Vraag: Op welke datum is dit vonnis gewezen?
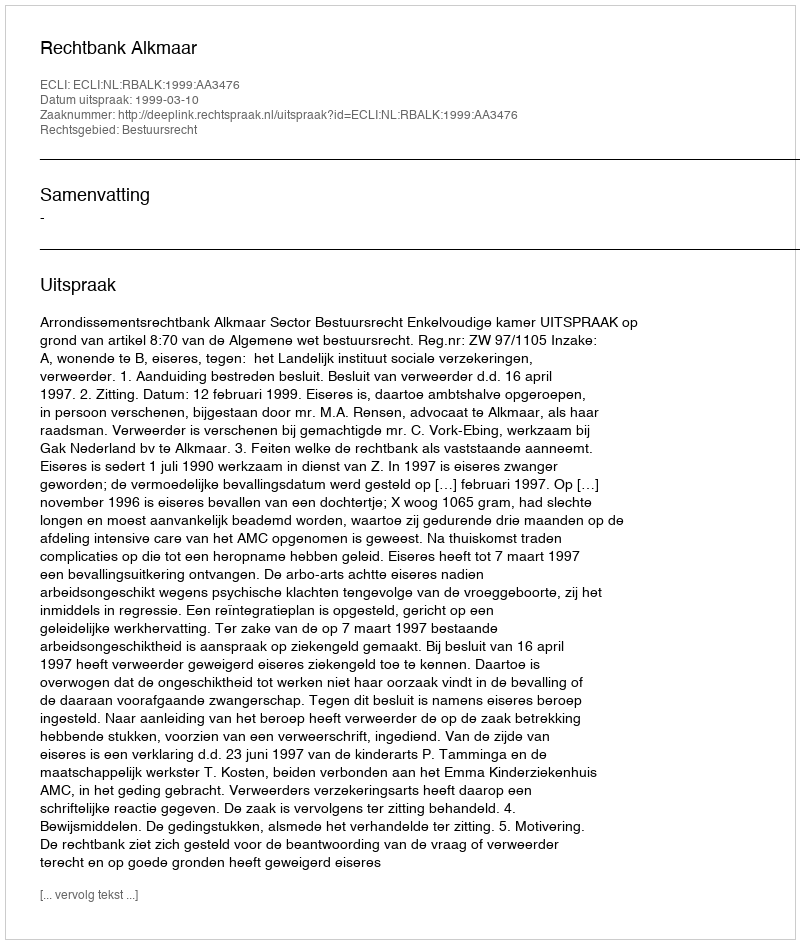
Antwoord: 1999-03-10